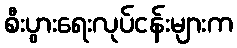
စီးပွားရေးလုပ်ငန်းများက